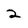
Character: 2